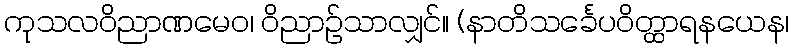
ကုသလဝိညာဏမေဝ၊ ဝိညာဉ်သာလျှင်။ (နာတိသင်္ခေပဝိတ္ထာရနယေန၊